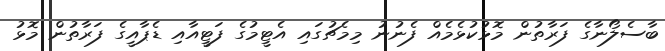
ބާސެލޯނާގެ ފަރާތުން މޮޅުކުޅެމެއް ފެނުނު މިމެޗުގައި އެޓީމުގެ ފަޓީއާއި ޑެޕާއީގެ ފަރާތުން މޮޅު